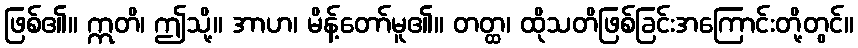
ဖြစ်၏။ ဣတိ၊ ဤသို့။ အာဟ၊ မိန့်တော်မူ၏။ တတ္ထ၊ ထိုသတိဖြစ်ခြင်းအကြောင်းတို့တွင်။